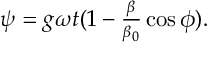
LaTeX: \begin{array} { c } { { \psi = g \omega t ( 1 - { \frac { \beta } { \beta _ { 0 } } } \cos { \phi } ) . } } \end{array}